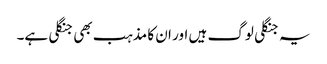
یہ جنگلی لوگ ہیں اور ان کا مذہب بھی جنگلی ہے۔